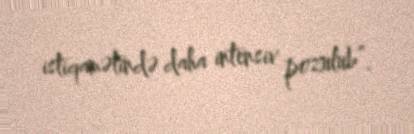
istiqamətində daha intensiv pozulub”.